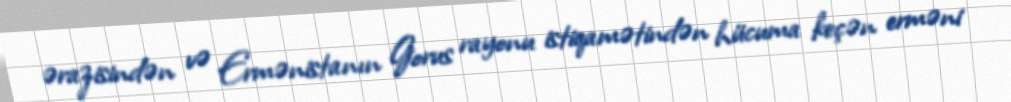
ərazisindən və Ermənistanın Gorus rayonu istiqamətindən hücuma keçən erməni